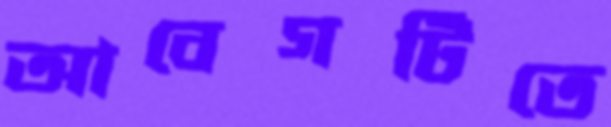
আবেগটিতে